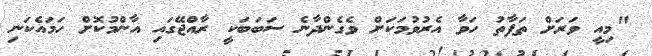
"މިއީ ވަރަށް ތަފާތު ހަވާ އެރުވުމަކަށް ވެގެންދާނެ ސަބަބަކީ ރާއްޖޭގައި އާންމުކޮށް ހަމައެކަނި